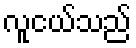
လူငယ်သည်